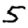
Digit: 5